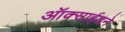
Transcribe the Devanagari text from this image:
ऑक्साईडने